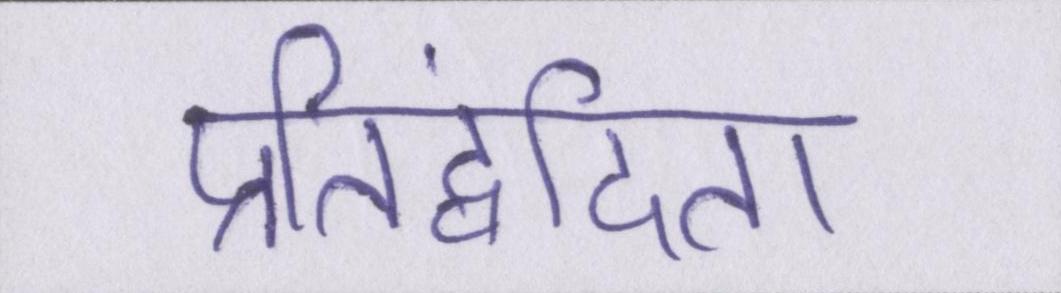
प्रतिद्वंदिता